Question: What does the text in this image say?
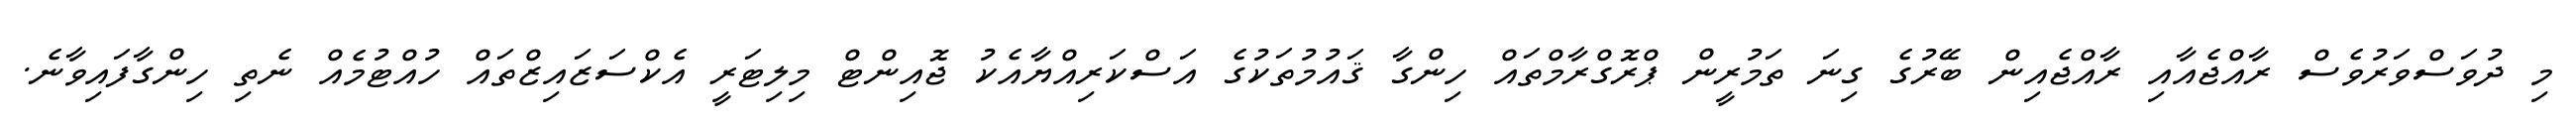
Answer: މި ދުވަސްވަރުވެސް ރާއްޖެއާއި ރާއްޖެއިން ބޭރުގެ ގިނަ ތަމުރީން ޕްރޮގްރާމްތައް ހިންގާ ޤައުމުތަކުގެ އަސްކަރިއްޔާއެކު ޖޮއިންޓް މިލިޓަރީ އެކްސަޒައިޒްތައް ހުއްޓުމެއް ނެތި ހިންގާފައިވާނެ.